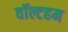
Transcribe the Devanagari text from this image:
वॉल्टहम